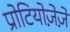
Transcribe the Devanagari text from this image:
प्रोटियोज़ेज़े